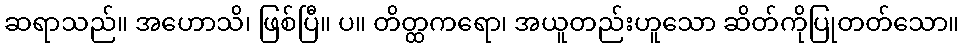
ဆရာသည်။ အဟောသိ၊ ဖြစ်ပြီ။ ပ။ တိတ္ထကရော၊ အယူတည်းဟူသော ဆိတ်ကိုပြုတတ်သော။